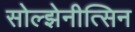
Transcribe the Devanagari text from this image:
सोल्झेनीत्सिन